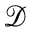
\mathcal D